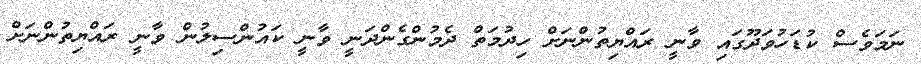
ނަމަވެސް ކުޑަހުވަދޫގައި ވާނީ ރައްޔިތުންނަށް ހިދުމަތް ދެމުންގެންދަނީ ވާނީ ކައުންސިލުން ވާނީ ރައްޔިތުންނަށް